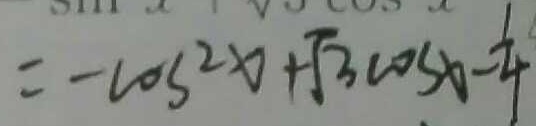
= - \cos 2 x + \sqrt { 3 } \cos x - \frac { 1 } { 4 }